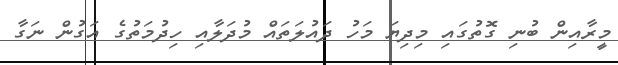
މީރާއިން ބުނި ގޮތުގައި މިދިޔަ މަހު ދައުލަތައް މުދަލާއި ހިދުމަތުގެ އަގުން ނަގާ